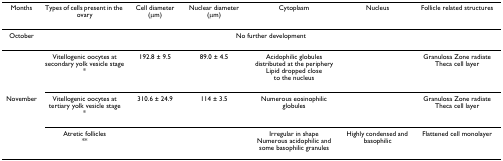
| Months | Types of cells present in the ovary | Cell diameter (μm) | Nuclear diameter (μm) | Cytoplasm | Nucleus | Follicle related structures |
 | --- | --- | --- | --- | --- | --- | --- |
 | October | <COLSPAN=6> No further development |
 |  | Vitellogenic oocytes at secondary yolk vesicle stage * | 192.8 ± 9.5 | 89.0 ± 4.5 | Acidophilic globulesdistributed at the peripheryLipid dropped closeto the nucleus |  | Granulosa Zone radiate Theca cell layer |
 | November | Vitellogenic oocytes at tertiary yolk vesicle stage * | 310.6 ± 24.9 | 114 ± 3.5 | Numerous eosinophilic globules |  | Granulosa Zone radiate Theca cell layer |
 |  | Atretic follicles ** |  |  | Irregular in shapeNumerous acidophilic and some basophilic granules | Highly condensed and basophilic | Flattened cell monolayer |